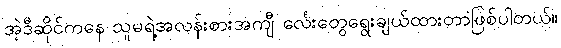
အဲ့ဒီဆိုင်ကနေ သူမရဲ့အလန်းစားအကျီ င်္လေးတွေရွေးချယ်ထားတာဖြစ်ပါတယ်။